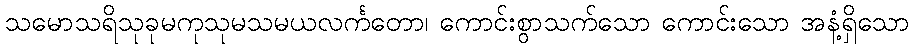
သမောသရိသုခုမကုသုမသမယလင်္ကတော၊ ကောင်းစွာသက်သော ကောင်းသော အနံ့ရှိသော